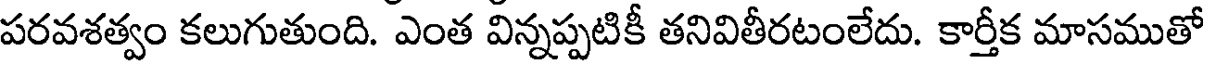
పరవశత్వం కలుగుతుంది. ఎంత విన్నప్పటికీ తనివితీరటంలేదు. కార్తీక మాసముతో